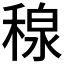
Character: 𥠘